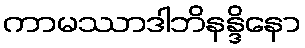
ကာမဿာဒါဘိနန္ဒိနော